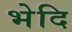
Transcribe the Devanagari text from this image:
भेदि